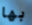
بها